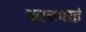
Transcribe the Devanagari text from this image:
चारपार्इ